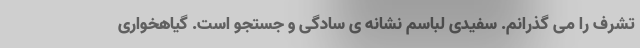
تشرف را می گذرانم. سفیدی لباسم نشانه ی سادگی و جستجو است. گیاهخواری